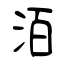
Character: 洦